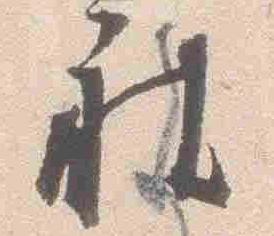
被